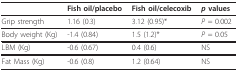
|  | Fish oil/placebo | Fish oil/celecoxib | p values |
 | --- | --- | --- | --- |
 | Grip strength | 1.16 (0.3) | 3.12 (0.95)* | P = 0.002 |
 | Body weight (Kg) | -1.4 (0.84) | 1.5 (1.2)* | P = 0.05 |
 | LBM (Kg) | -0.6 (0.67) | 0.4 (0.6) | NS |
 | Fat Mass (Kg) | -0.6 (0.8) | 1.2 (0.64) | NS |